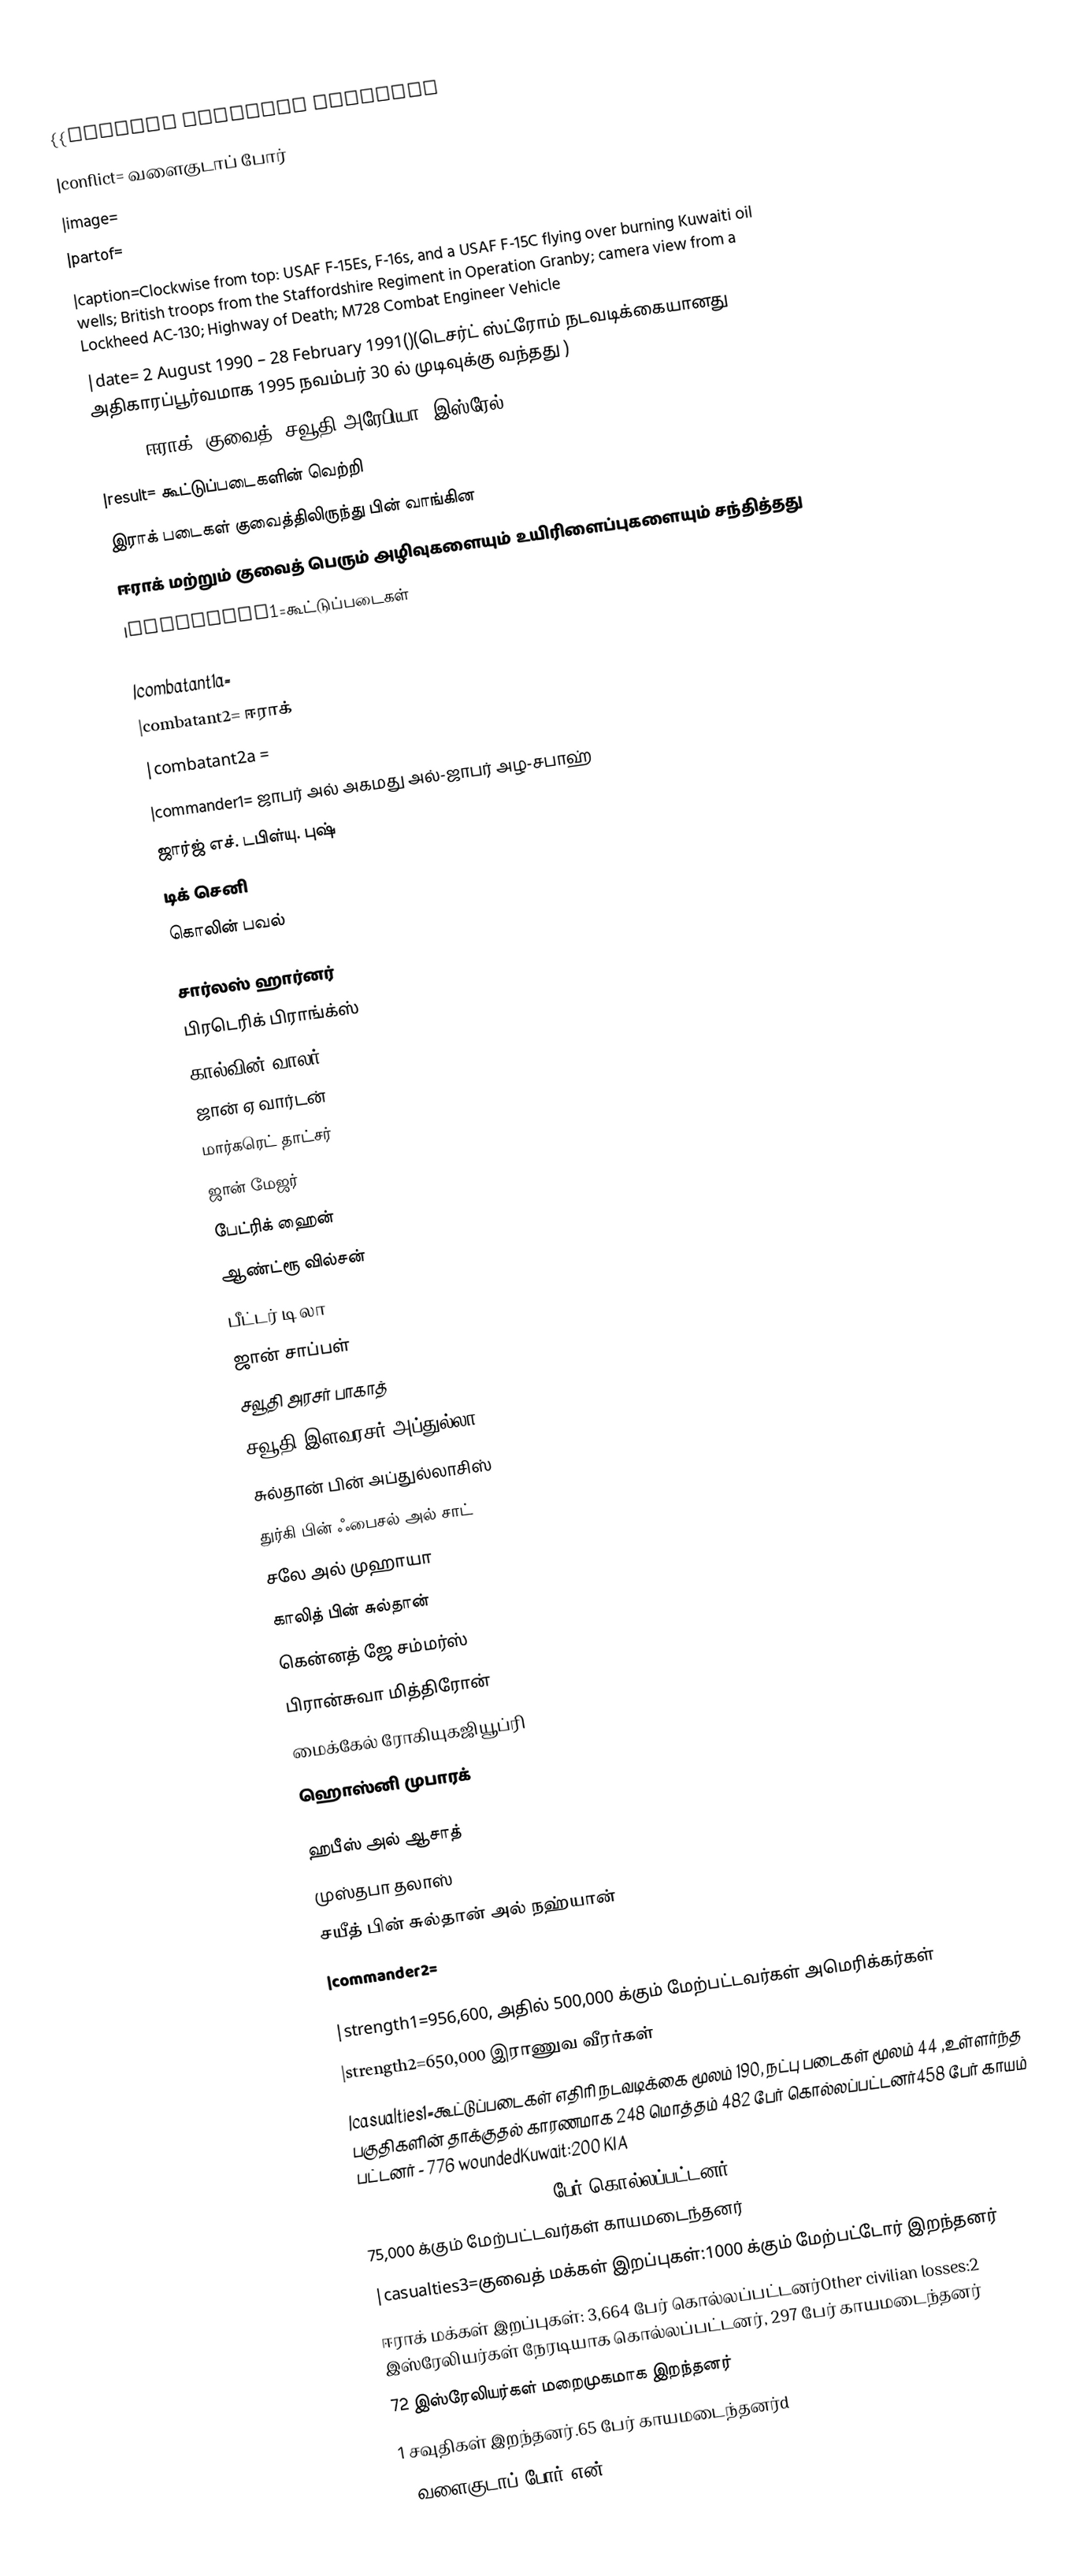
{{Infobox military conflict
|conflict= வளைகுடாப் போர்
|image=
|partof=
|caption=Clockwise from top: USAF F-15Es, F-16s, and a USAF F-15C flying over burning Kuwaiti oil wells; British troops from the Staffordshire Regiment in Operation Granby; camera view from a Lockheed AC-130; Highway of Death; M728 Combat Engineer Vehicle
|date= 2 August 1990 – 28 February 1991()(டெசர்ட் ஸ்ட்ரோம் நடவடிக்கையானது அதிகாரப்பூர்வமாக 1995 நவம்பர் 30 ல் முடிவுக்கு வந்தது )
|place=ஈராக், குவைத், சவூதி அரேபியா, இஸ்ரேல்
|result= கூட்டுப்படைகளின் வெற்றி
இராக் படைகள் குவைத்திலிருந்து பின் வாங்கின
ஈராக் மற்றும் குவைத் பெரும் அழிவுகளையும் உயிரிளைப்புகளையும் சந்தித்தது
|combatant1=கூட்டுப்படைகள்

|combatant1a=
|combatant2= ஈராக்
|combatant2a =
|commander1= ஜாபர் அல் அகமது அல்-ஜாபர் அழ-சபாஹ்
 ஜார்ஜ் எச். டபிள்யு. புஷ்
 டிக் செனி
 கொலின் பவல்

 சார்லஸ் ஹார்னர்
 பிரடெரிக் பிராங்க்ஸ்
 கால்வின் வாலர்
 ஜான் ஏ வார்டன்
 மார்கரெட் தாட்சர்
 ஜான் மேஜர்
 பேட்ரிக் ஹைன்
 ஆண்ட்ரூ வில்சன்
 பீட்டர் டி லா
 ஜான் சாப்பள்
 சவூதி அரசர் பாகாத்
 சவூதி இளவரசர் அப்துல்லா
 சுல்தான் பின் அப்துல்லாசிஸ்
 துர்கி பின் ஃபைசல் அல் சாட்
 சலே அல் முஹாயா
 காலித் பின் சுல்தான்
 கென்னத் ஜே சம்மர்ஸ்
 பிரான்சுவா மித்திரோன்
 மைக்கேல் ரோகியுகஜியூப்ரி
 ஹொஸ்னி முபாரக்

 ஹபீஸ் அல் ஆசாத்
 முஸ்தபா தலாஸ்
 சயீத் பின் சுல்தான் அல் நஹ்யான்
|commander2=

|strength1=956,600, அதில் 500,000 க்கும் மேற்பட்டவர்கள் அமெரிக்கர்கள்
|strength2=650,000 இராணுவ வீரர்கள்
|casualties1=கூட்டுப்படைகள் எதிரி நடவடிக்கை மூலம் 190, நட்பு படைகள் மூலம் 44 ,உள்ளர்ந்த பகுதிகளின் தாக்குதல் காரணமாக 248  மொத்தம் 482 பேர் கொல்லப்பட்டனர்458 பேர் காயம் பட்டனர் - 776 woundedKuwait:200 KIA
|casualties2=20,000–35,000 பேர் கொல்லப்பட்டனர்
75,000 க்கும் மேற்பட்டவர்கள் காயமடைந்தனர்
|casualties3=குவைத் மக்கள் இறப்புகள்:1000 க்கும் மேற்பட்டோர் இறந்தனர்
ஈராக் மக்கள் இறப்புகள்: 3,664 பேர் கொல்லப்பட்டனர்Other civilian losses:2 இஸ்ரேலியர்கள் நேரடியாக கொல்லப்பட்டனர், 297 பேர் காயமடைந்தனர்
72 இஸ்ரேலியர்கள் மறைமுகமாக இறந்தனர்
1 சவுதிகள் இறந்தனர்.65 பேர் காயமடைந்தனர்d
}}வளைகுடாப் போர் என்